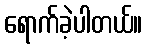
ရောက်ခဲ့ပါတယ်။